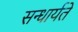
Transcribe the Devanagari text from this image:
सन्धार्यते